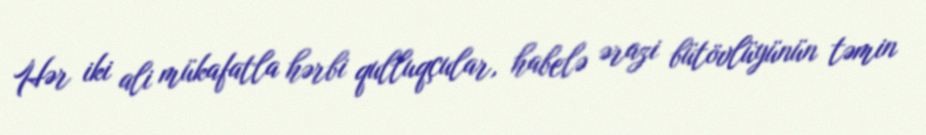
Hər iki ali mükafatla hərbi qulluqçular, habelə ərazi bütövlüyünün təmin